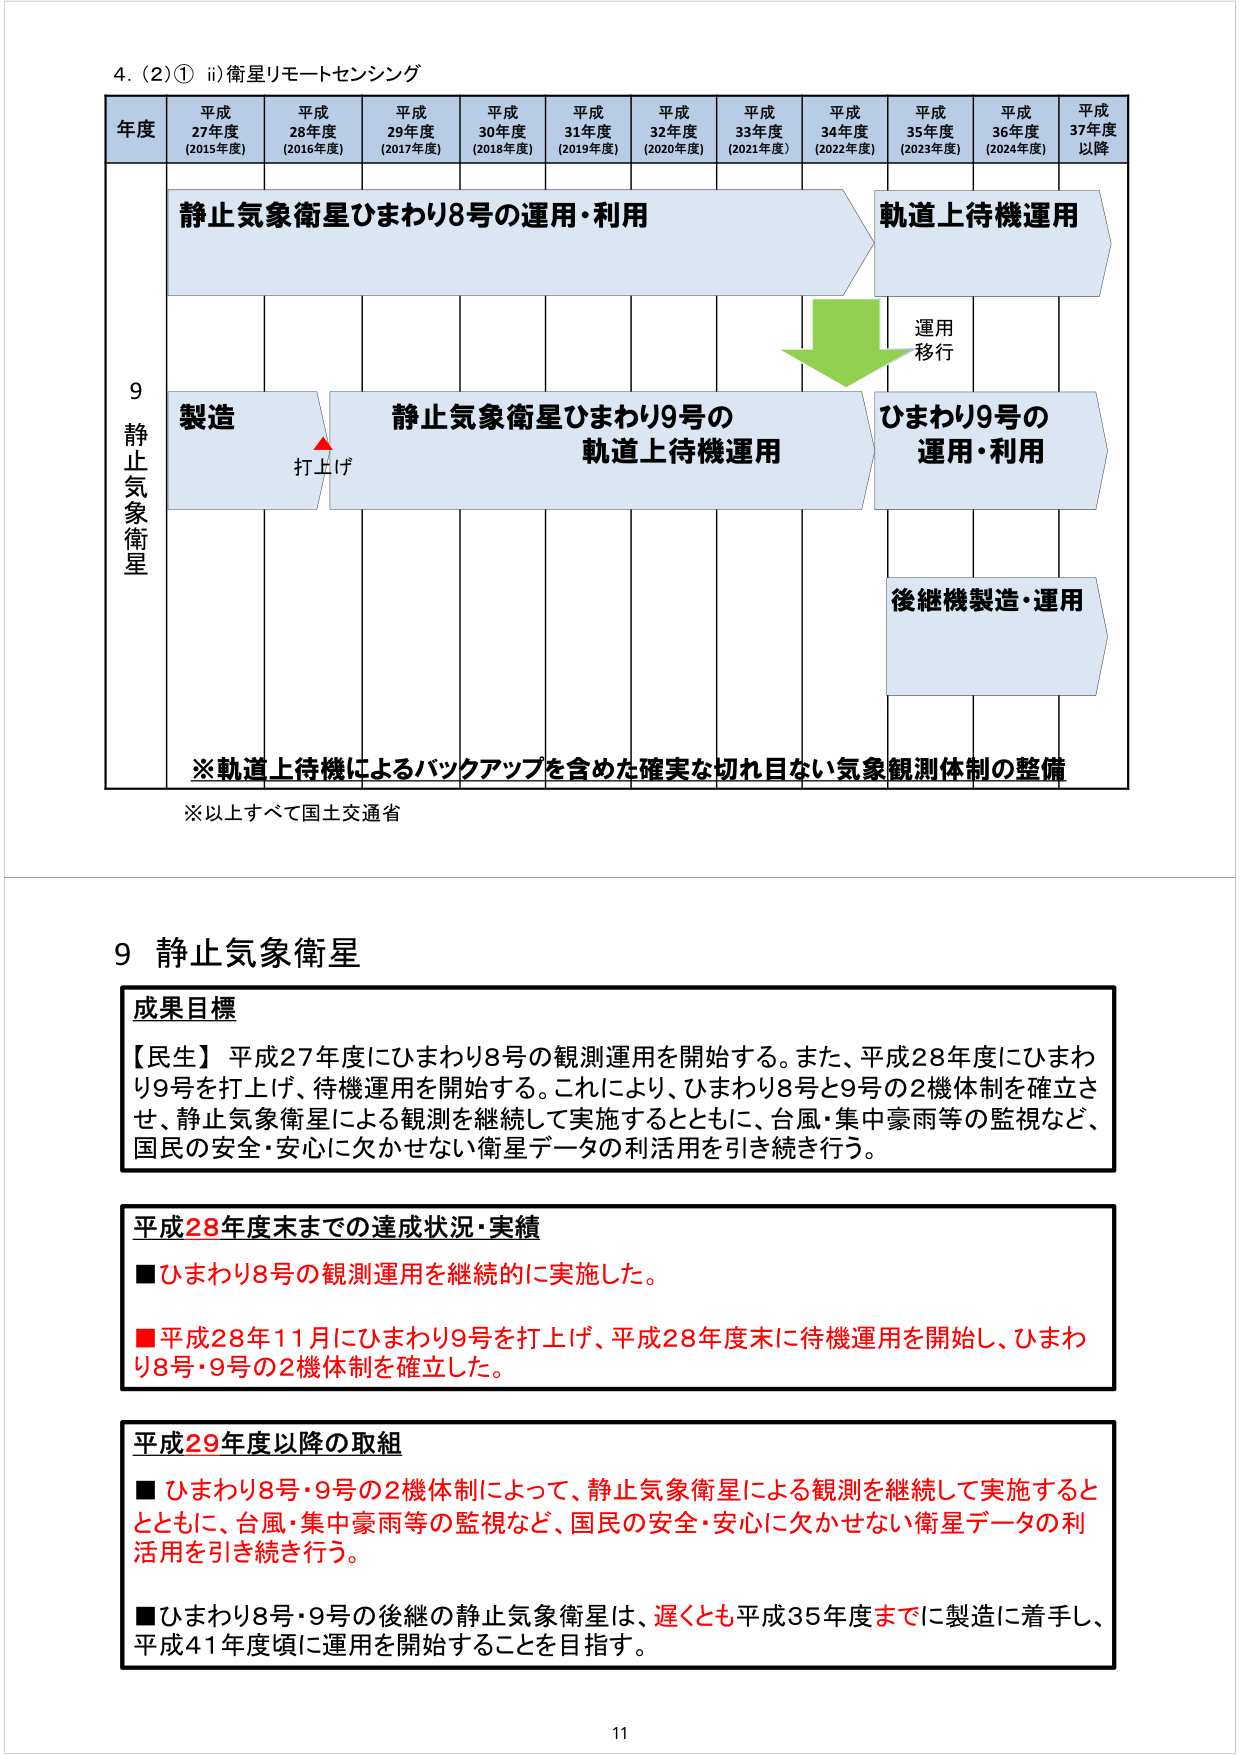
4. (2)① ii) 衛星リモートセンシング

年度 平成27年度 (2015年度) 平成28年度 (2016年度) 平成29年度 (2017年度) 平成30年度 (2018年度) 平成31年度 (2019年度) 平成32年度 (2020年度) 平成33年度 (2021年度) 平成34年度 (2022年度) 平成35年度 (2023年度) 平成36年度 (2024年度) 平成37年度以降

9 静止気象衛星

静止気象衛星ひまわり8号の運用・利用

軌道上待機運用

運用移行

製造 打上げ

静止気象衛星ひまわり9号の軌道上待機運用

ひまわり9号の運用・利用

後継機製造・運用

※軌道上待機によるバックアップを含めた確実な切れ目ない気象観測体制の整備

※以上すべて国土交通省

9 静止気象衛星

成果目標

【民生】平成27年度にひまわり8号の観測運用を開始する。また、平成28年度にひまわり9号を打上げ、待機運用を開始する。これにより、ひまわり8号と9号の2機体制を確立させ、静止気象衛星による観測を継続して実施するとともに、台風・集中豪雨等の監視など、国民の安全・安心に欠かせない衛星データの利活用を引き続き行う。

平成28年度末までの達成状況・実績

■ひまわり8号の観測運用を継続的に実施した。

■平成28年11月にひまわり9号を打上げ、平成28年度末に待機運用を開始し、ひまわり8号・9号の2機体制を確立した。

平成29年度以降の取組

■ひまわり8号・9号の2機体制によって、静止気象衛星による観測を継続して実施するとともに、台風・集中豪雨等の監視など、国民の安全・安心に欠かせない衛星データの利活用を引き続き行う。

■ひまわり8号・9号の後継の静止気象衛星は、遅くとも平成35年度までに製造に着手し、平成41年度頃に運用を開始することを目指す。

11